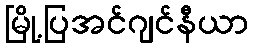
မြို့ပြအင်ဂျင်နီယာ